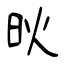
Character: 炚